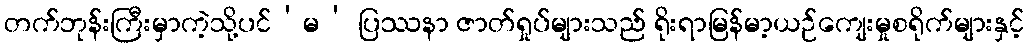
တက်ဘုန်းကြီးမှာကဲ့သို့ပင်‘မ’ ပြဿနာ ဇာတ်ရှုပ်များသည် ရိုးရာမြန်မာ့ယဉ်ကျေးမှုစရိုက်များနှင့်